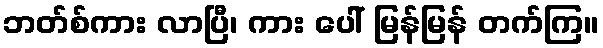
ဘတ်စ်ကား လာပြီ၊ ကား ပေါ် မြန်မြန် တက်ကြ။